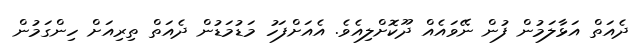
ދެއަތް އަޅާލަމުން ފުން ނޭވައެއް ދޫކޮށްލިއެވެ. އެއަށްފަހު މަޑުމަޑުން ދެއަތް ތިރިއަށް ހިންގަމުން